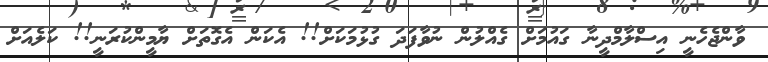
ވާންޖެހެނީ އިސްލާމްދީނާ ގައުމަށް ގެއްލުން ނުވާފަދަ ގުޅުމަކަށް!! އެކަން އެގޮތަށް ޔާމީންކުރަނީ!! ކަލެއަށް